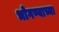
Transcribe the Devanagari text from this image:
भोगण्याच्या